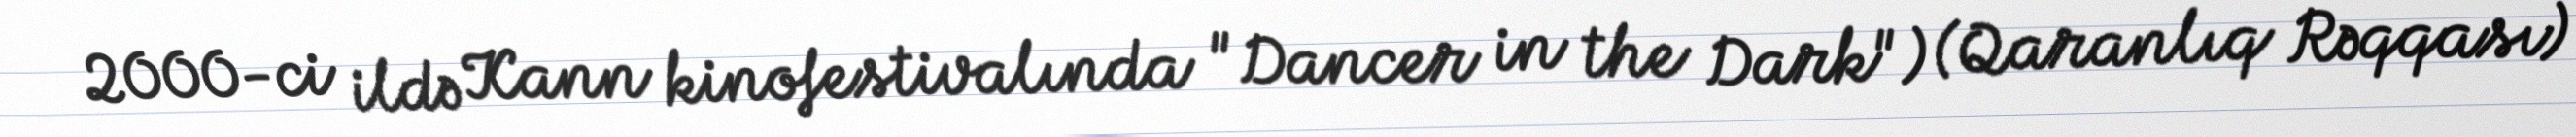
2000-ci ildə Kann kinofestivalında "Dancer in the Dark") (Qaranlıq Rəqqası)